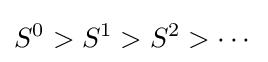
S^{0}>S^{1}>S^{2}>\cdots